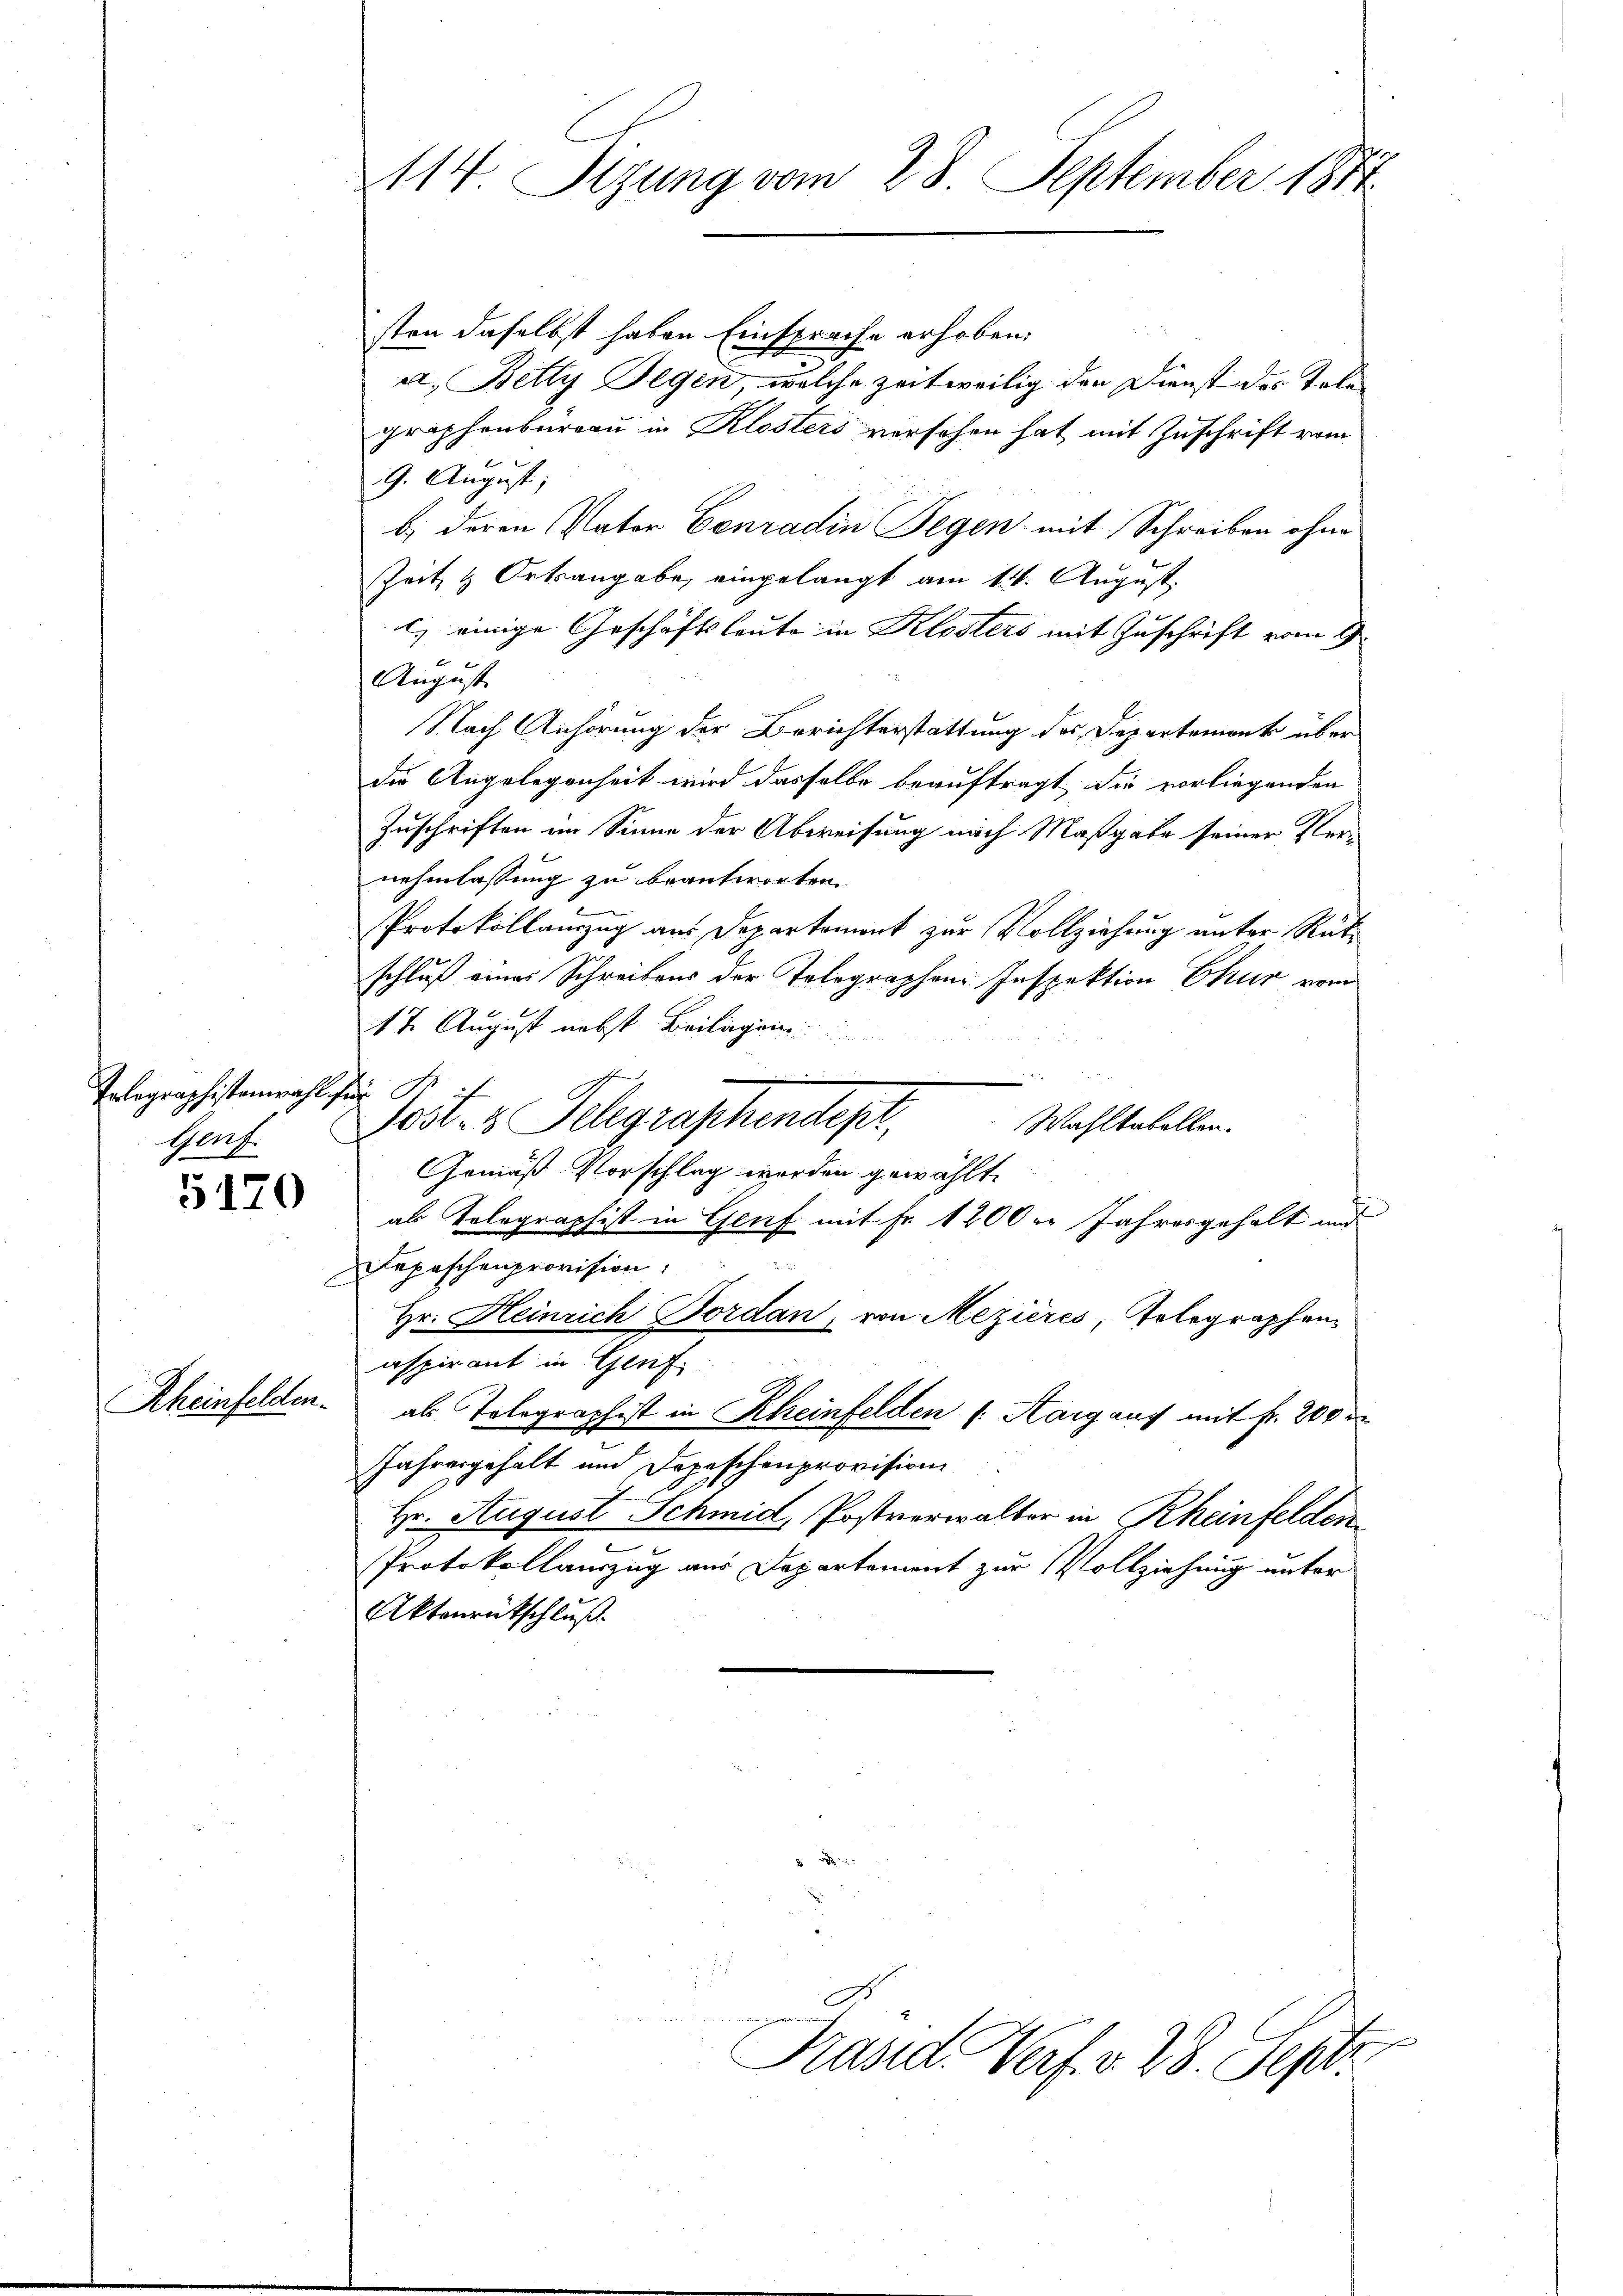
Tolographistenwahl für B. i
Graf.

C

5120

Rheinfelden.

114 Sizung vom 28. September 1814.

sten daselbst haben Einsprache erhoben.
a. Betty Segen, welche zeitweilig den Dienst des Tele
grophenbureau in Klosters versehen hat mit Zuschrift vom
9. August;
b) deren Vater Conradin Segen mit Schreiben ohne
Zeit & Ortsangabe, eingelangt am 14. August.
l. einige Geschäftsleute in Klosters mit Zuschrift vom 9.
August
Nach Anhörung der Berichterstattung des Departement über
die Angelegenheit wird dasselbe beauftragt die vorliegenden
Zuschriften im Sinne der Abweisung nach Maßgabe seiner Ver-
nehmlassung zu beantworten.
Protokollauszug aus Departemont zur Vollziehung unter Räte
s
schluß eines Schreibens der Telegraphen Inspektion Chur vom
1t August nebst Beilagen
.
ofen
ost- & Gelegraphendept,
Wahltabellen.
Gemäß Vorschlag worden gewählt.
als Telegraphist in Genf mit Fr. 1200 r. Jahresgehalt und
Depeschenprovision.
Hr. Heinrich Bordan, von Mezières, Telegraphen
aspirant in Genf
als Tolographist in Rheinfelden s. Aargaus mit fr. 200 r
Jahresgehalt und Depeschenprovision
f
Hr. August Schmid, Postverwalter in Rheinfelden
e
Protokollauszug aus Departement zur Vollziehung unter
Aktonrückschluß.

Präsid. Verf. v. 28. Seper.

s